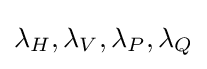
\lambda _{H},\lambda _{V},\lambda _{P},\lambda _{Q}